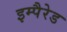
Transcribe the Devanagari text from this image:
इम्पैरेड